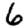
Digit: 6